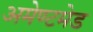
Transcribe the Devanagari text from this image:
अमेण्टमेड